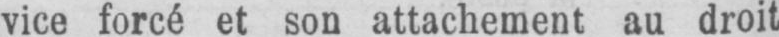
vice forcé et son attachement au droit